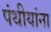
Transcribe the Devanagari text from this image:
पंथीयांना